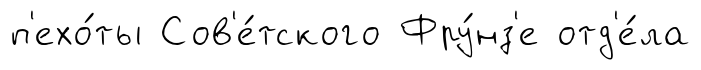
п'ехо́ты Сов'е́тского Фру́нз'е отд'е́ла